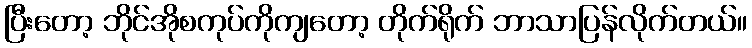
ပြီးတော့ ဘိုင်အိုစကုပ်ကိုကျတော့ တိုက်ရိုက် ဘာသာပြန်လိုက်တယ်။